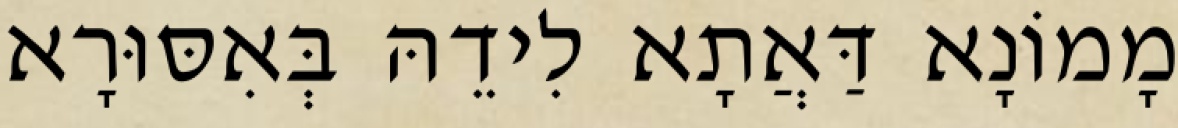
מָמוֹנָא דַּאֲתָא לִידֵהּ בְּאִסּוּרָא